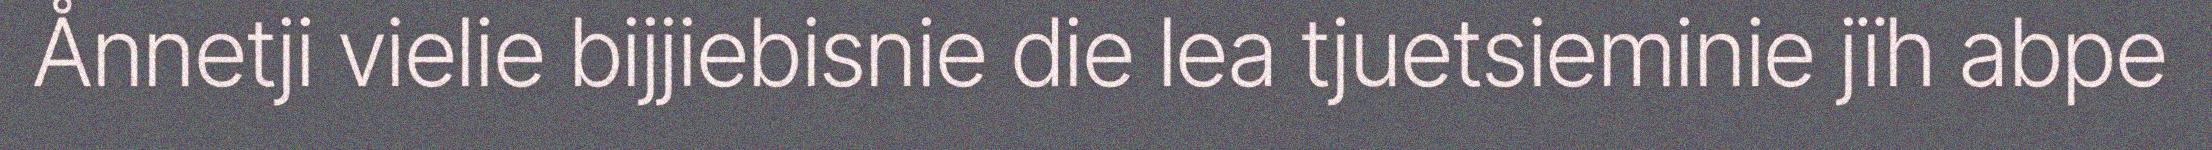
Ånnetji vielie bijjiebisnie die lea tjuetsieminie jïh abpe